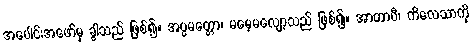
အပေါင်းအဖော်မှ ခွါသည် ဖြစ်၍။ အပ္ပမတ္တော၊ မမေ့မလျော့သည် ဖြစ်၍။ အာတာပီ၊ ကိလေသာကို